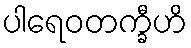
ပါရေဝတက္ခီဟိ